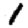
Digit: 1